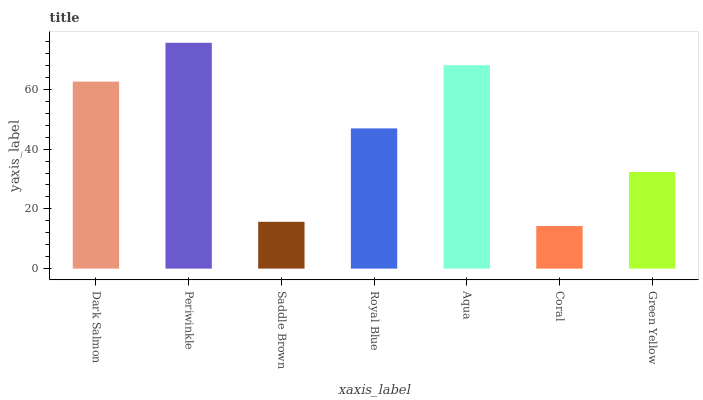
| xaxis_label | bars |
 | --- | --- |
 | Dark Salmon | 62.6 |
 | Periwinkle | 75.6 |
 | Saddle Brown | 15.7 |
 | Royal Blue | 46.9 |
 | Aqua | 68.1 |
 | Coral | 14.3 |
 | Green Yellow | 32.3 |